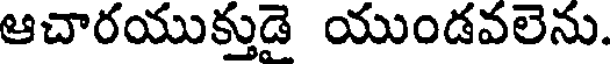
ఆచారయుక్తుడై యుండవలెను.